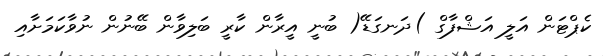
ކެޕްޓަން އަލީ އަޝްފާގް )ދަނގަޑޭ( ބުނީ އީރާން ކާރީ ބަލިވާން ބޭނުން ނުވާކަމަށާއި